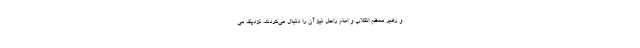
و رهبر معظم انقلاب و امام راحل نیز آن را دنبال می‌کردند، نزدیک می